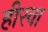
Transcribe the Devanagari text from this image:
हीरवा